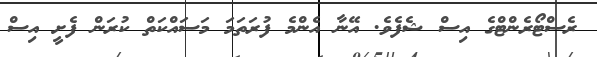
ރެސްޓޯރެންޓްގެ އިސް ޝެފެވެ. އޭނާ އެންމެ ފުރަތަމަ މަސައްކަތް ކުރަން ފެށީ އިސް